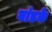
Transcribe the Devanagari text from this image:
बांडके